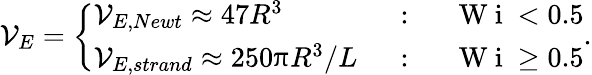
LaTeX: \mathcal{V}_{E}=\left\{ \begin{array}{ll}{\mathcal{V}_{E,Newt}\approx 47R^{3}}&{\mathrm{~:~}\quad\mathrm{~W~i~}<0.5}\\ {\mathcal{V}_{E,strand}\approx 250\uppi R^{3}/L}&{\mathrm{~:~}\quad\mathrm{~W~i~}\geq 0.5}\end{array}\right..